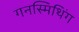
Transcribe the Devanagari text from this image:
गनस्मिथिंग